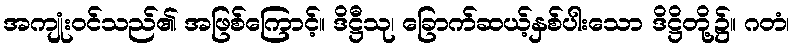
အကျုံးဝင်သည်၏ အဖြစ်ကြောင့်။ ဒိဋ္ဌီသု၊ ခြောက်ဆယ့်နှစ်ပါးသော ဒိဋ္ဌိတို့၌။ ဂတံ၊